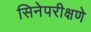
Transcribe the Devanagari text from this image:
सिनेपरीक्षणे